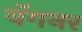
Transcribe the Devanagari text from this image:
वॅगनर